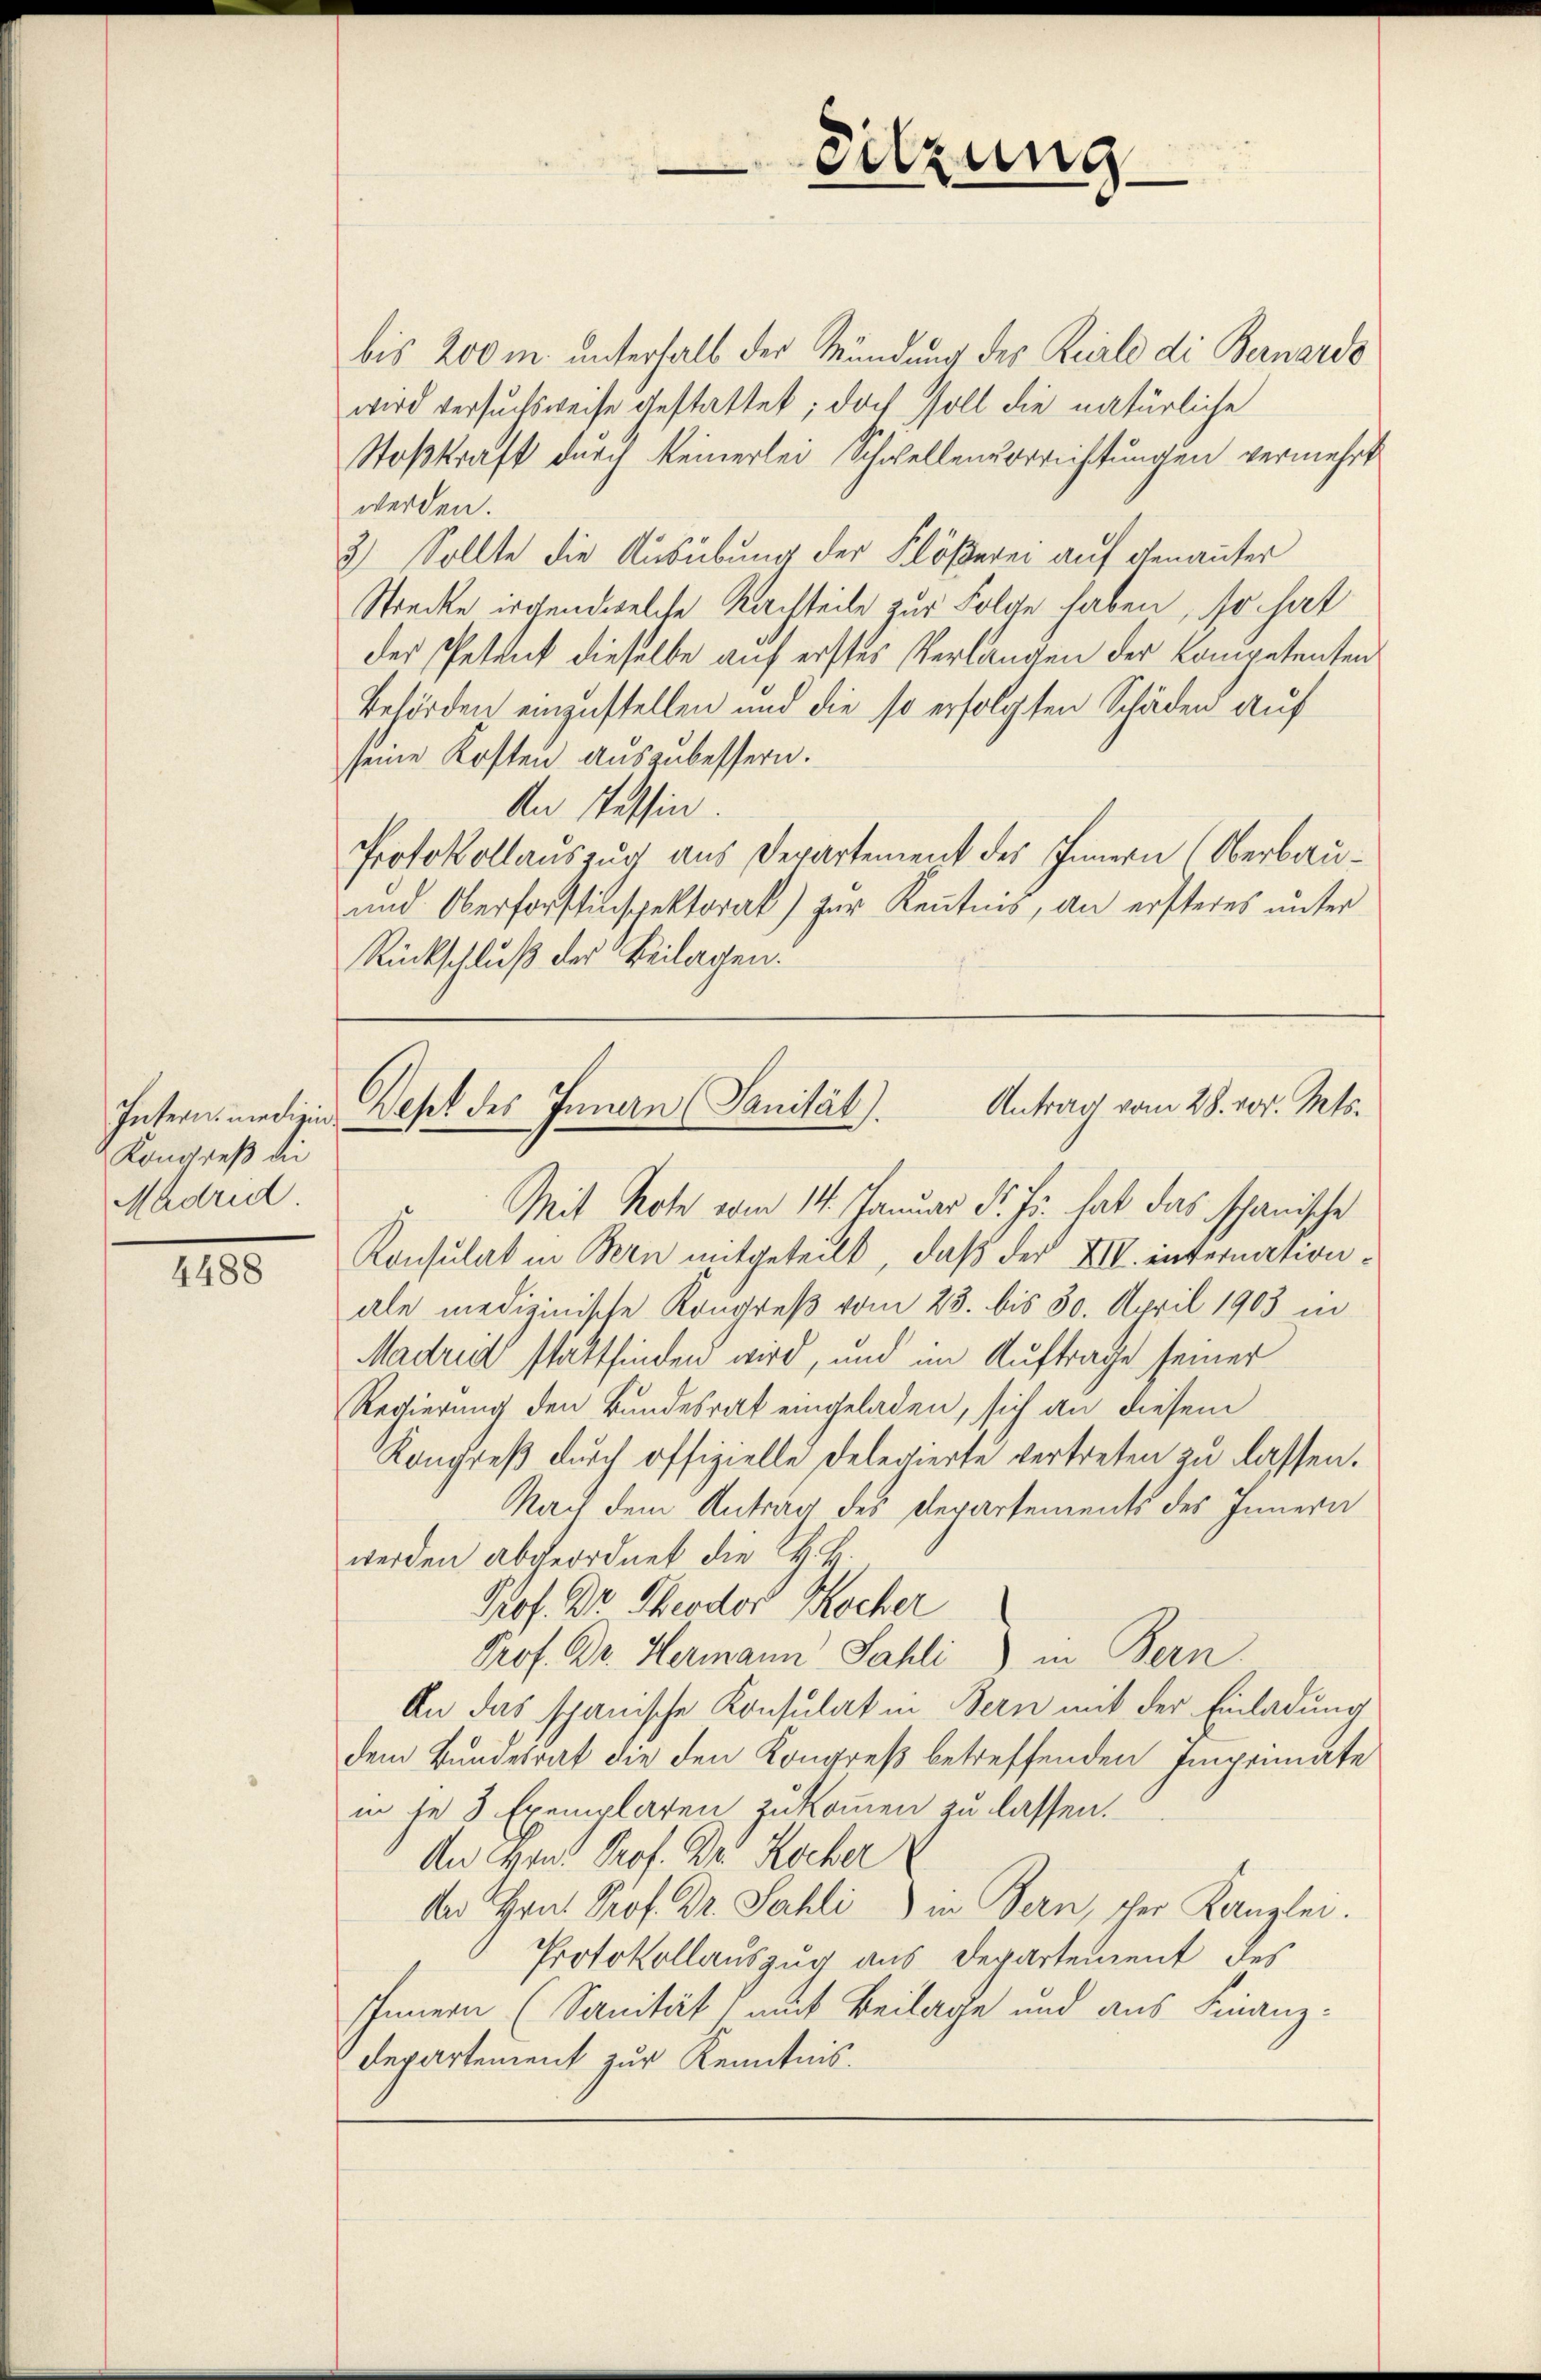
Kongreß die
Madrid

4488

bis 200 m unterhalb der Mündung des Reale di Bernarde
wird versuchsweise gestattet; doch soll die natürliche
Stoßkraft durch keinerlei Schwellensverrichtungen vermehrt
werden.
3) Sollte die Ausübung der Flößerei auf genannter
Strecke irgendwelche Nachteile zur Folge haben, so hat
der Petent dieselbe auf erstes Verlangen der Kompetenten
Behörden einzustellen und die so erfolgten Schäden auf
seine Kosten auszubessern.
An Tessin.
Protokollauszug aus Departement des Innern Oberbau¬
und Oberforstinspektorat) zur Kenntnis, an ersteres unter
Rückschluß der Beilagen.

Sitzung

Mit Note vom 14. Januar d. Js. hat das schanische
Konsulat in Bern mitgeteilt, daß der XII. internationale medizinische Kongreß vom 23. bis 30. April 1903 in
Madrid stattfinden wird, und im Auftrage seiner
Regierung den Bundesrat eingeladen, sich an diesem
Kongreß durch offizielle Delegierte vertreten zu lassen.
Nach dem Antrag des Departements des Innern
werden abgeordnet die H. H.
Prof. Dr. Theodor Kocher
Prof. Dr. Hermann Sahli) in Bern.
An das spanische Konsulat in Bern mit der Einladung
dem Bundesrat die den Kongreß betreffenden Imprimate
in je 3 Exemplaren zukommen zu lassen.
An Hrn. Prof. Dr. Kocher
An Hrn. Prof. Dr. Sahli) in Bern, der Kanzlei.
Protokollauszug aus Departement des
Innern (Sanität, mit Beilage und aus Finanz-
Departement zur Kenntnis.

Antrag vom 28. vor. Mts.
Intern medizin Dest des Innern (Sanität).